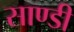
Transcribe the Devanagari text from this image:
साण्डी